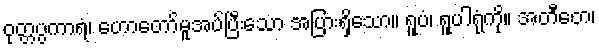
ဝုတ္တပ္ပကာရံ၊ ဟောတော်မူအပ်ပြီးသော အပြားရှိသော။ ရူပံ၊ ရူပါရုံကို။ အတီတေ၊